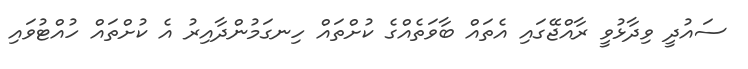
ސައުދީ ވިދާޅުވީ ރާއްޖޭގައި އެތައް ބާވަތެއްގެ ކުށްތައް ހިނގަމުންދާއިރު އެ ކުށްތައް ހުއްޓުވައި